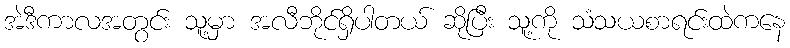
အဲဒီကာလအတွင်း သူ့မှာ အလီဘိုင်ရှိပါတယ် ဆိုပြီး သူ့ကို သံသယစာရင်းထဲကနေ